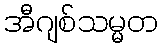
အီဂျစ်သမ္မတ